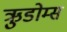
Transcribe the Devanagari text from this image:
ऋुडोम्स